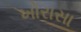
ખોરાસા